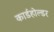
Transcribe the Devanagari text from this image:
कार्डहोल्डर